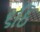
૬ઠિ